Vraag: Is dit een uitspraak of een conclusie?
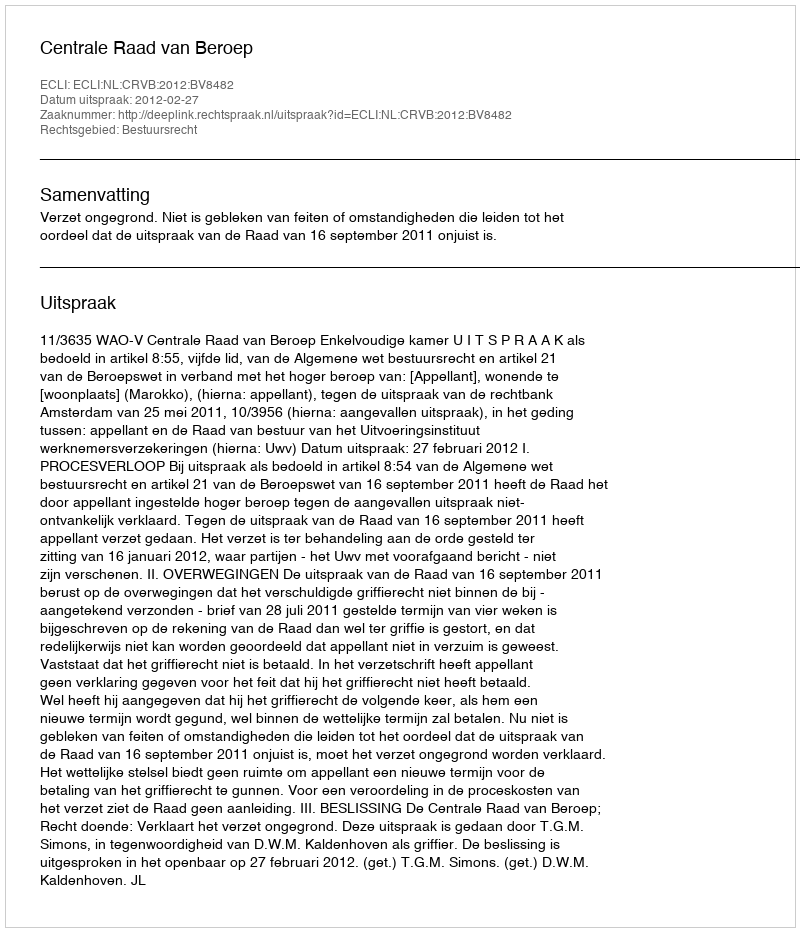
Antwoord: Uitspraak